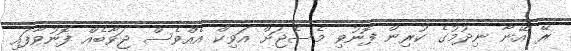
ރޭ އޭނާ ނިދުމުގެ ކުރިން ފޮނުވި މެސެޖަށް އަވިކް އެއްވެސް ޖަވާބެއް ފޮނުވާފައި